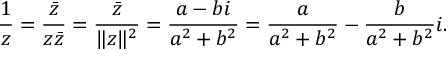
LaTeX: { \frac { 1 } { z } } = { \frac { \bar { z } } { z { \bar { z } } } } = { \frac { \bar { z } } { \| z \| ^ { 2 } } } = { \frac { a - b i } { a ^ { 2 } + b ^ { 2 } } } = { \frac { a } { a ^ { 2 } + b ^ { 2 } } } - { \frac { b } { a ^ { 2 } + b ^ { 2 } } } i .